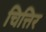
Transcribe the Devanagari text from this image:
चित्तिर